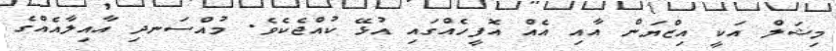
މިޝަލް އަކީ އިޒްޔަން އާއި އެއް އޮފީހެއްގައި އުޅޭ ކުއްޖެކެވެ. މުއްސަނދި އާއިލާއެއްގެ